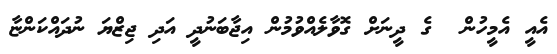
އެއީ އެމީހުން  ގެ ދީނަށް ގޮވާލެއްވުމުން އިޖާބަނުދީ އަދި ޖިޒްޔަ ނުދައްކަންޏާ